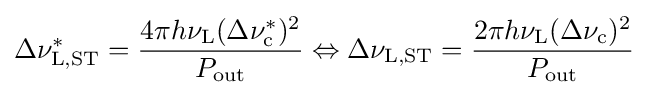
\Delta \nu _{\rm {L,ST}}^{*}={\frac {4\pi h\nu _{\rm {L}}(\Delta \nu _{\rm {c}}^{*})^{2}}{P_{\rm {out}}}}\Leftrightarrow \Delta \nu _{\rm {L,ST}}={\frac {2\pi h\nu _{\rm {L}}(\Delta \nu _{\rm {c}})^{2}}{P_{\rm {out}}}}